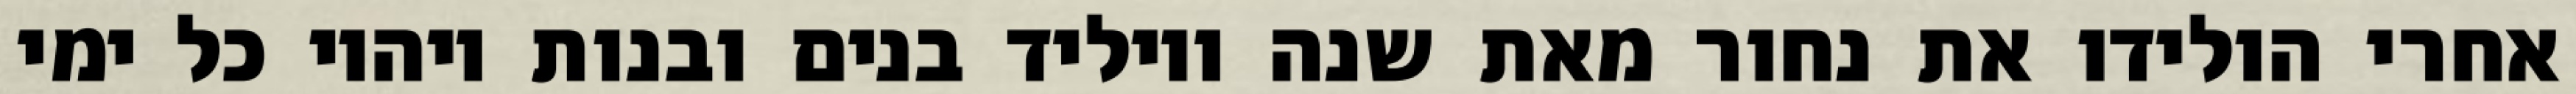
אחרי הולידו את נחור מאת שנה ויוליד בנים ובנות ויהיו כל ימי